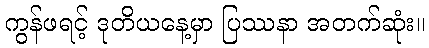
ကွန်ဖရင့် ဒုတိယနေ့မှာ ပြဿနာ အတက်ဆုံး။